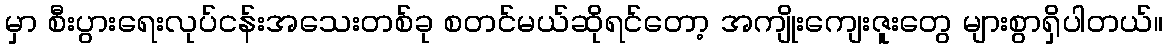
မှာ စီးပွားရေးလုပ်ငန်းအသေးတစ်ခု စတင်မယ်ဆိုရင်တော့ အကျိုးကျေးဇူးတွေ များစွာရှိပါတယ်။